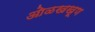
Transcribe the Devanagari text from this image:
ओळखखूण